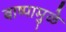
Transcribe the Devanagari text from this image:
बाष्पामुळे